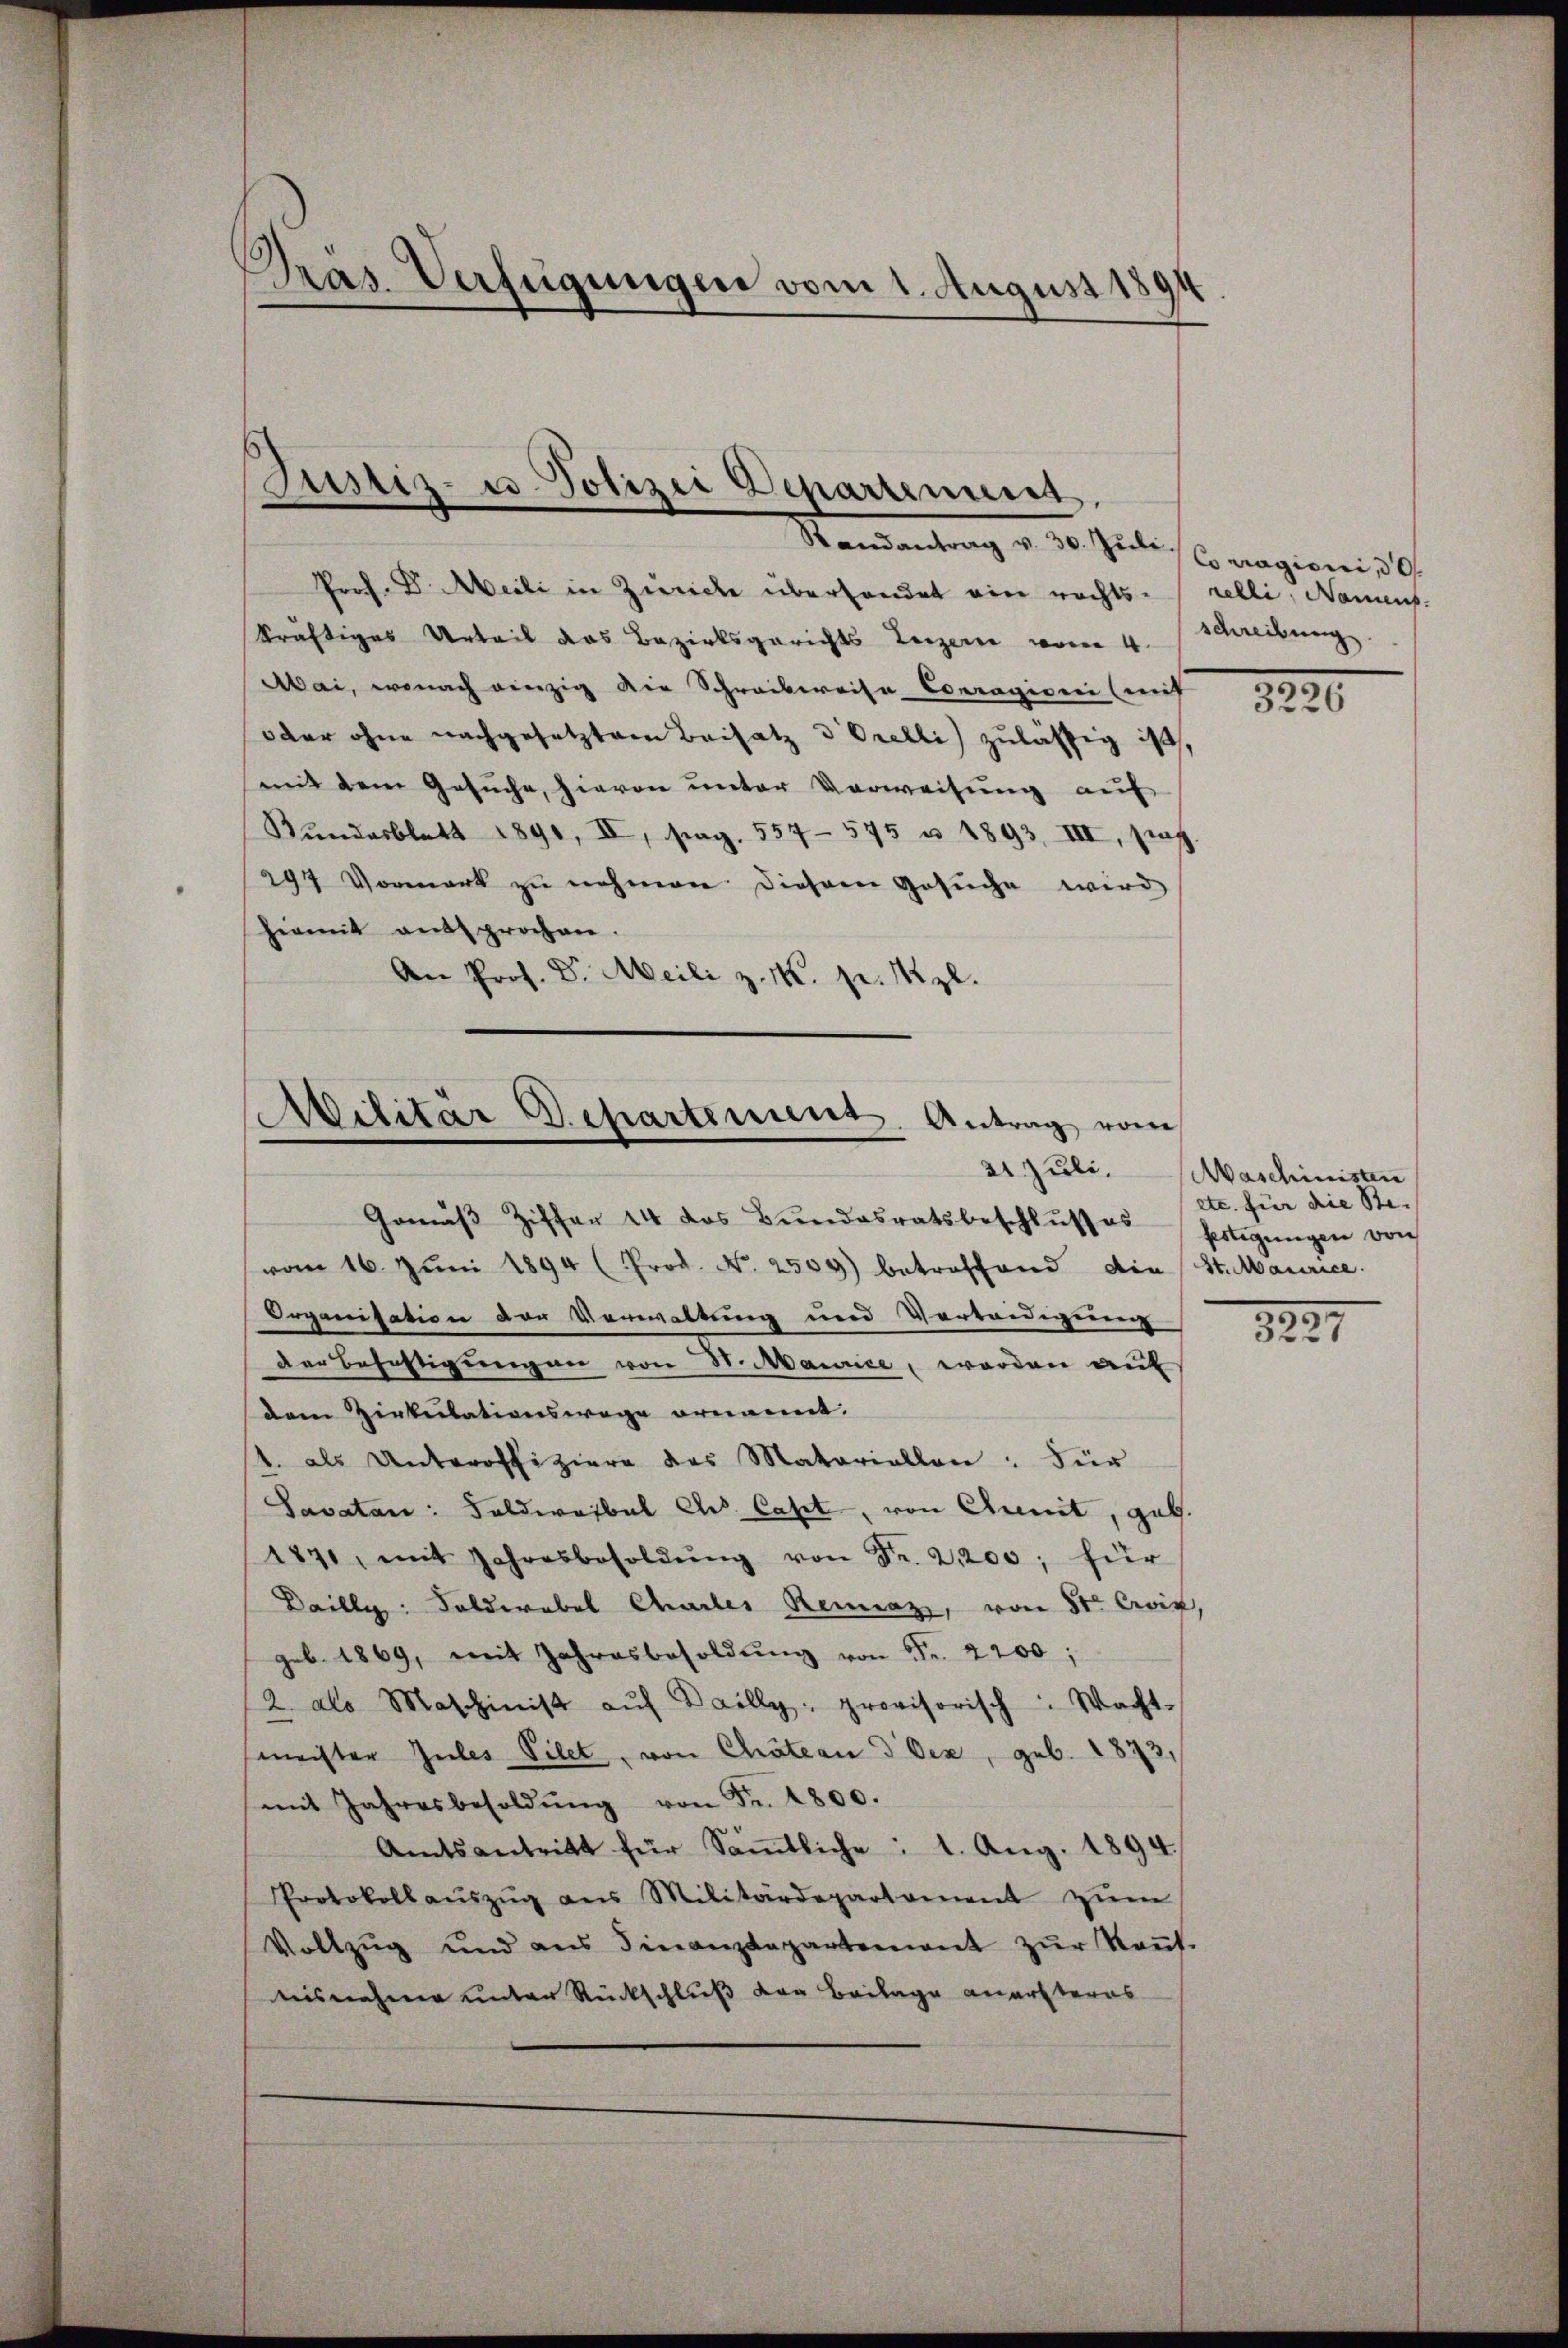
Präs. Verfügungen vom 1. August 180

Justiz- u. Polizei Departement.

Randantrag v. 30. Juli, Geragioni, 39
Prof. Dr. Meili in Zürich überhandet ein rechts-relli, Namens-
kräftiges Urteil das Bezirksgerichts Luzern vom 4.
Mai, wonach einzig die Schreibereise Conragioni (mit
der ohne nachgesetztem Beisatz v. Orelli zulässig ist,
mit dem Gesuche, hievon unter Verweisung auf
Bundesblatt 1890, II, pag. 557-575 u. 1893, III, pag.
294 Vormerk zu nehmen diesem Gesuche wird
hiemit entsprochen.
An Prof. Dr. Meili z. M. pr. 1 zl.

Gemäβ Ziffer 14 das Bŭndesratsbeschlŭsses fertigŭngen von
vom 16. Jŭni 1894 (Prod. N. 2509) betreffend die St. Maurice.
Organisation der Vorwaltung und Vortandegnung
der befestigungen von 30. Mairice, worden auf
dem Zirkulationswege ornannt.
1. als Unteroffiziere des Materiellen: Für
Savatan: Soldwaibel A. Caset, von Annit, gut.
187, mit Jahresbesoldŭng von Fr. 2,200, für
Daillg: Feldwebel Charler Renaz, von 81 Croix,
geb. 1869, mit Jahresbesoldŭng von Fr. 2200;
2 als Maschinist aŭf Dailly provisorisch Wacht.
meister Gutes Pilet, von Chateau d Oex, geb. 1873,
mit Jahresbesoldŭng von Fr. 4800.
Amtsantritt für Säṁtliche: 1. Aug. 1894.
Protokoll aŭszŭg ans Militärdepartement zŭm
Vollzug und ans Finanzdepartement zŭr Kaŭf-
nisnahme unter Rückschluß der Beilage anersteres

Militär Departement. Antrag vom
21 Juli.

schreibung.

1220

Maschinisten
etc. für die Ste-

8221